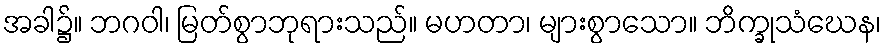
အခါ၌။ ဘဂဝါ၊ မြတ်စွာဘုရားသည်။ မဟတာ၊ များစွာသော။ ဘိက္ခုသံဃေန၊